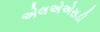
એલએએસડી